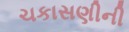
ચકાસણીની